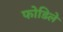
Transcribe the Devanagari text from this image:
फोडिले